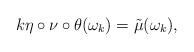
LaTeX: \begin{align*}k \eta \circ \nu \circ \theta(\omega_k) = \tilde{\mu}(\omega_k),\end{align*}